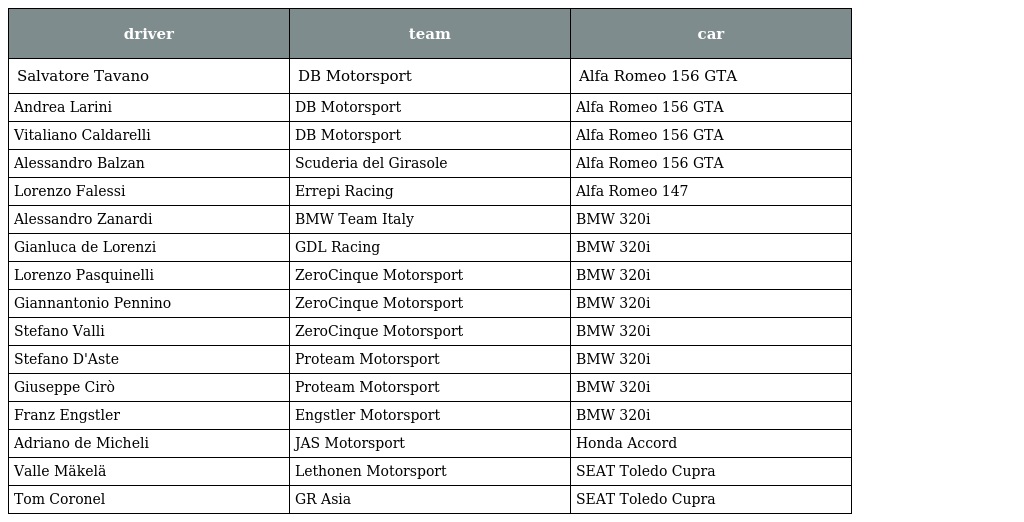
| driver | team | car |
 | --- | --- | --- |
 | Salvatore Tavano | DB Motorsport | Alfa Romeo 156 GTA |
 | Andrea Larini | DB Motorsport | Alfa Romeo 156 GTA |
 | Vitaliano Caldarelli | DB Motorsport | Alfa Romeo 156 GTA |
 | Alessandro Balzan | Scuderia del Girasole | Alfa Romeo 156 GTA |
 | Lorenzo Falessi | Errepi Racing | Alfa Romeo 147 |
 | Alessandro Zanardi | BMW Team Italy | BMW 320i |
 | Gianluca de Lorenzi | GDL Racing | BMW 320i |
 | Lorenzo Pasquinelli | ZeroCinque Motorsport | BMW 320i |
 | Giannantonio Pennino | ZeroCinque Motorsport | BMW 320i |
 | Stefano Valli | ZeroCinque Motorsport | BMW 320i |
 | Stefano D'Aste | Proteam Motorsport | BMW 320i |
 | Giuseppe Cirò | Proteam Motorsport | BMW 320i |
 | Franz Engstler | Engstler Motorsport | BMW 320i |
 | Adriano de Micheli | JAS Motorsport | Honda Accord |
 | Valle Mäkelä | Lethonen Motorsport | SEAT Toledo Cupra |
 | Tom Coronel | GR Asia | SEAT Toledo Cupra |